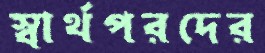
স্বার্থপরদের